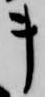
キ